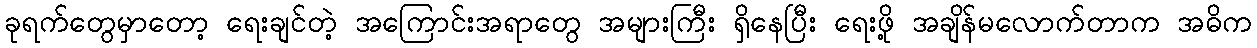
ခုရက်တွေမှာတော့ ရေးချင်တဲ့ အကြောင်းအရာတွေ အများကြီး ရှိနေပြီး ရေးဖို့ အချိန်မလောက်တာက အဓိက